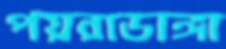
পয়রাডাঙ্গা